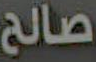
صالح